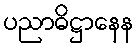
ပညာဓိဋ္ဌာနေန